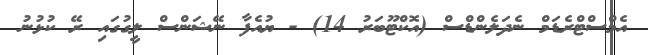
އެމްސްޓްރެޑަމް ނެދަލެންޑްސް (އޮކްޓޫބަރު 14) - ޔުއެފާ ނޭޝަންސް ލީގުގައި ރޭ ކުޅުނު